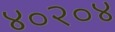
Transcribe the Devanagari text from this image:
४०२०४